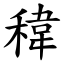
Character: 稦